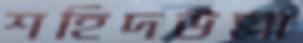
শহিদউল্লা